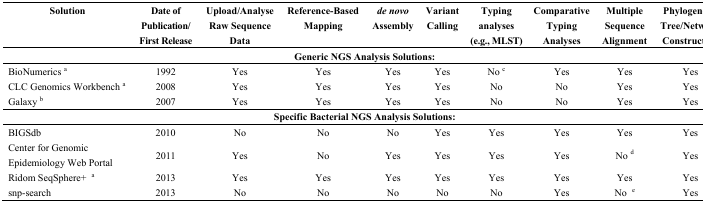
<table><thead><tr><td><b>Solution</b></td><td><b>Date of Publication/First Release</b></td><td><b>Upload/Analyse Raw Sequence Data</b></td><td><b>Reference-Based Mapping</b></td><td><b><i>de novo</i> Assembly</b></td><td><b>Variant Calling</b></td><td><b>Typing analyses (e.g., MLST)</b></td><td><b>Comparative Typing Analyses</b></td><td><b>Multiple Sequence Alignment</b></td><td><b>Phylogenetic Tree/Network Construction</b></td></tr></thead><tbody><tr><td colspan="10"><b>Generic NGS Analysis Solutions:</b></td></tr><tr><td>BioNumerics <sup>a</sup></td><td>1992</td><td>Yes</td><td>Yes</td><td>Yes</td><td>Yes</td><td>No <sup>c</sup></td><td>Yes</td><td>Yes</td><td>Yes</td></tr><tr><td>CLC Genomics Workbench <sup>a</sup></td><td>2008</td><td>Yes</td><td>Yes</td><td>Yes</td><td>Yes</td><td>No</td><td>No</td><td>Yes</td><td>Yes</td></tr><tr><td>Galaxy <sup>b</sup></td><td>2007</td><td>Yes</td><td>Yes</td><td>Yes</td><td>Yes</td><td>No</td><td>No</td><td>Yes</td><td>Yes</td></tr><tr><td colspan="10"><b>Specific Bacterial NGS Analysis Solutions:</b></td></tr><tr><td>BIGSdb</td><td>2010</td><td>No</td><td>No</td><td>No</td><td>Yes</td><td>Yes</td><td>Yes</td><td>Yes</td><td>Yes</td></tr><tr><td>Center for Genomic Epidemiology Web Portal</td><td>2011</td><td>Yes</td><td>No</td><td>Yes</td><td>Yes</td><td>Yes</td><td>Yes</td><td>No <sup>d</sup></td><td>Yes</td></tr><tr><td>Ridom SeqSphere+ <sup>a</sup></td><td>2013</td><td>Yes</td><td>Yes</td><td>Yes</td><td>Yes</td><td>Yes</td><td>Yes</td><td>Yes</td><td>Yes</td></tr><tr><td>snp-search</td><td>2013</td><td>No</td><td>No</td><td>No</td><td>No</td><td>No</td><td>Yes</td><td>No <sup>e</sup></td><td>Yes</td></tr></tbody></table>